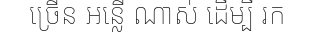
ច្រើន អន្លើ ណាស់ ដើម្បី រក